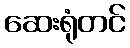
ဆေးရုံတင်